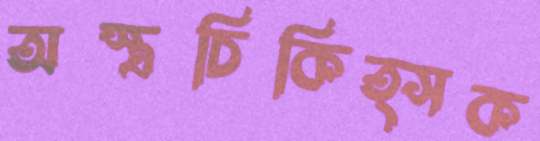
অস্ত্রচিকিত্সক